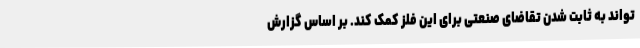
تواند به ثابت شدن تقاضای صنعتی برای این فلز کمک کند. بر اساس گزارش